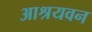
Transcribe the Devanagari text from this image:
आश्रयवन